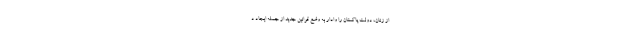
از زنان، دولت پاکستان را وادار به وضع قوانین جدید از جمله ایجاد د